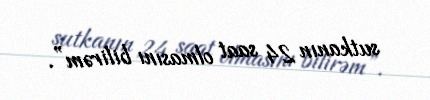
sutkanın 24 saat olmasını bilirəm”.